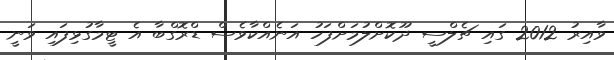
ވާއިރު 2012 ގައި ޗެލްސީ ދޫކޮށްލުމަށްފަހު އަނެއްކާވެސް ޑްރޮގްބާ އެ ޓީމާގުޅިފައި ވަނީ